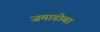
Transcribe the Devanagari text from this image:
जमाडोबा